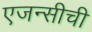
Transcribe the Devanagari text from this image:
एजन्सीची